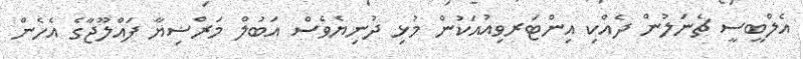
އެލްބީސީ ޗެނަލުން ދެއްކި އިންޓަރވިއުއަކުން މުޅި ދުނިޔެވެސް އަބުލް މަރްޟިޔާ ފައްލޫޖާގެ އެހެން